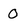
Character: 0